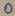
Text: 0